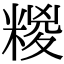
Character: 糉